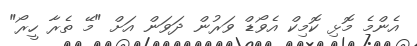
އެންމެ މޮޅި ކޮމިކް އެވޯޑް ވަރުން ދަވަން އަށް "މޭ ތެރާ ހީރޯ"